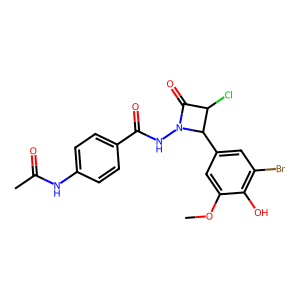
SMILES: COc1cc(C2C(Cl)C(=O)N2NC(=O)c2ccc(NC(C)=O)cc2)cc(Br)c1O
Inhibits HIV replication: No